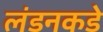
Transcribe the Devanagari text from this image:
लंडनकडे